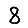
Digit: 8